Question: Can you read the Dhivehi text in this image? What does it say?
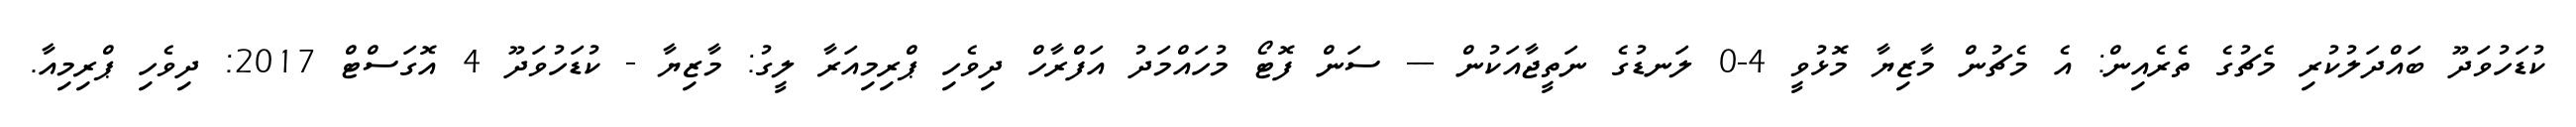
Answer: ކުޑަހުވަދޫ ބައްދަލުކުރި މެޗުގެ ތެރެއިން: އެ މެޗުން މާޒިޔާ މޮޅުވީ 4-0 ލަނޑުގެ ނަތީޖާއަކުން --- ސަން ފޮޓޯ މުހައްމަދު އަފްރާހް ދިވެހި ޕްރިމިއަރާ ލީގު: މާޒިޔާ - ކުޑަހުވަދޫ 4 އޮގަސްޓް 2017: ދިވެހި ޕްރިމިއާ.